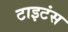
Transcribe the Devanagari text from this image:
टाइटंस